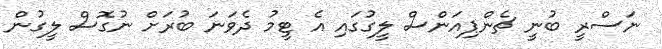
ނަސްރީ ބުނީ ޗެންޕިއަންސް ލީގުގައި އެ ޓީމު ދެވަނަ ބުރަށް ނުގޮސް ލީގުން